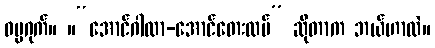
ဓမ္မဂုက်။ ။“အောင်ဂါထာ-အောင်တေးထပ်” ဆိုတာက ဘယ်ဟာလဲ။